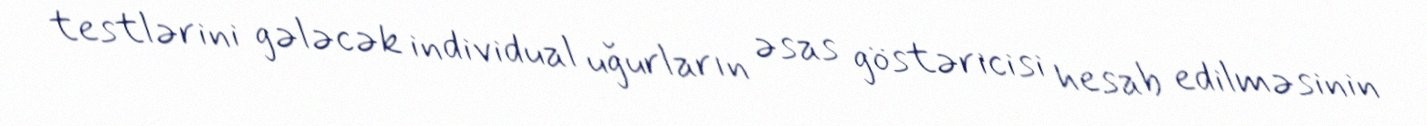
testlərini gələcək individual uğurların əsas göstəricisi hesab edilməsinin